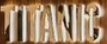
TITANIC